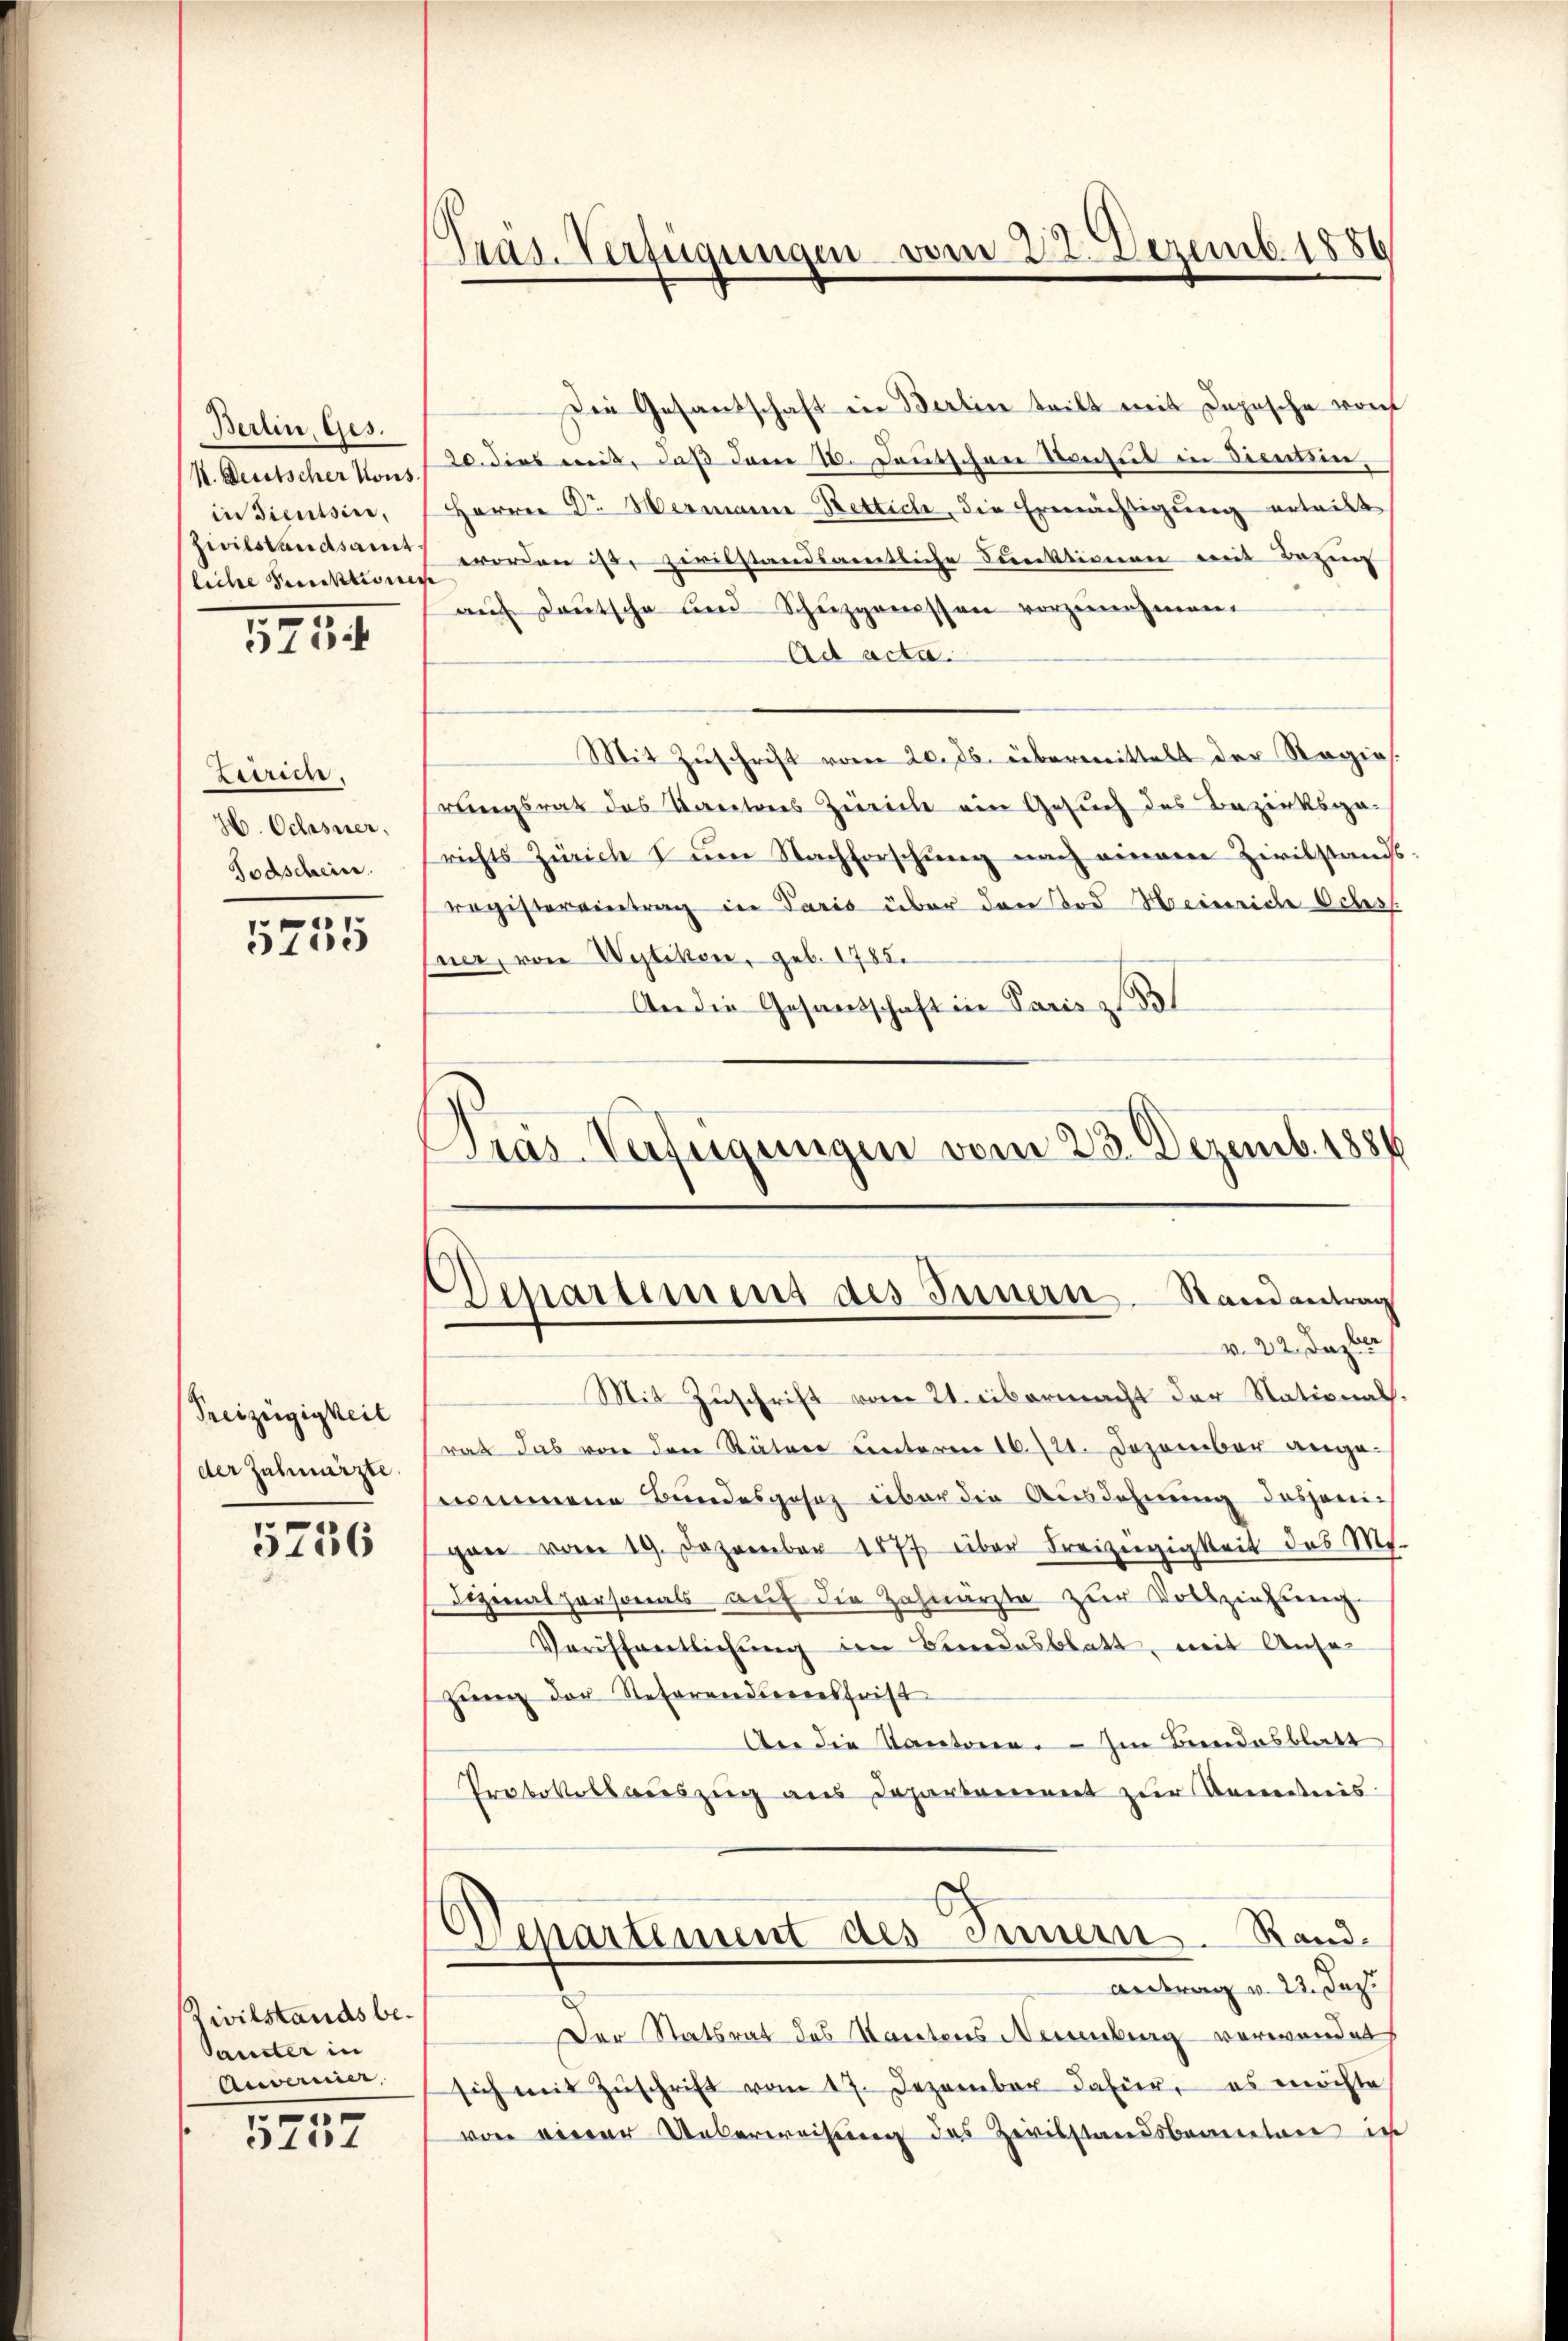
Berlin, Ges.
k. Deutscher Kons.
in Dienssin,
Zivilstandsamt
liche Punktiones

5754

Ziiren.
H. Ochsner,
Todschein.

u
5755

Preizügigkeit
der Zahnarzte.

5756

Zivilstands be¬
Samster in
Anvernier,
1

5751

Tras. Verfügungen vom 22. Dezemb. 1886

Dias-Verfügungen vom 23. Dezemb. 1884
Departement des Innern. Randantrag
v. 22. Dazber

Die Gesandschaft ein Berlin teilt mit Depesche Dorf
20. dies mit, daß dem 18. Deutschen Konsul in dienten,
Herren Dr. Hermann Bettich die Ermächtigung entritt
worden ist, zivilstandsamtliche Dunktionen mit Bezie- |
s
auf deutsche und Schuzgonessen vorzunehmen.
Ad acta.
Mit Zŭschrift vom 20. Jb. übermittelt der Regies.
rungsrat des Kantons Zürich ein Gesuch des Bezirksga-
richts Zürich I ŭm Nachforschŭng nach einem Zivilstands-
registereintrag in Paris über den Tod Heinriche Ochss.
ner, von Wytikon, geb. 1785.
.
An die Gesandschaft in Paris z
Mit Zŭschrift vom 21. Abermacht der Stationals.
rat das von den Stätere unterm 16./21. Dezember angenommene Bundesgesetz über die Ausdehnung desjenigan vom 19. Dezember 1877 über Freizügigkeit des M.
dizinalpersonals auf die Zahnarzte zur Vollziehung
Veröffentlichung den Bundesblatt, mit Ansehung der Retorandterresfrist
An die Kantone. – Im Bundesblatt
Protokollauszug aus Departement zur Kenntnis
Departement des Innern. Rand¬
Antrag v. 23. Jos.
Der Statsrat des Kantons Neuenburg verwendet
sich mit Zŭschrift vom 17. Dezember dahier, es möchte
von einer Ueberweisung des Zivilstandsbeamten in